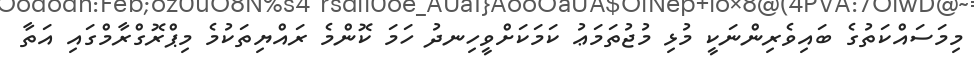
މިމަސައްކަތުގެ ބައިވެރިންނަކީ މުޅި މުޖުތަމަޢު ކަމަކަށްވީހިނދު ހަމަ ކޮންމެ ރައްޔިތަކުމެ މިޕްރޮގްރާމްގައި އަތާ